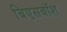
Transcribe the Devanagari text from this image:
बिएसबॉश